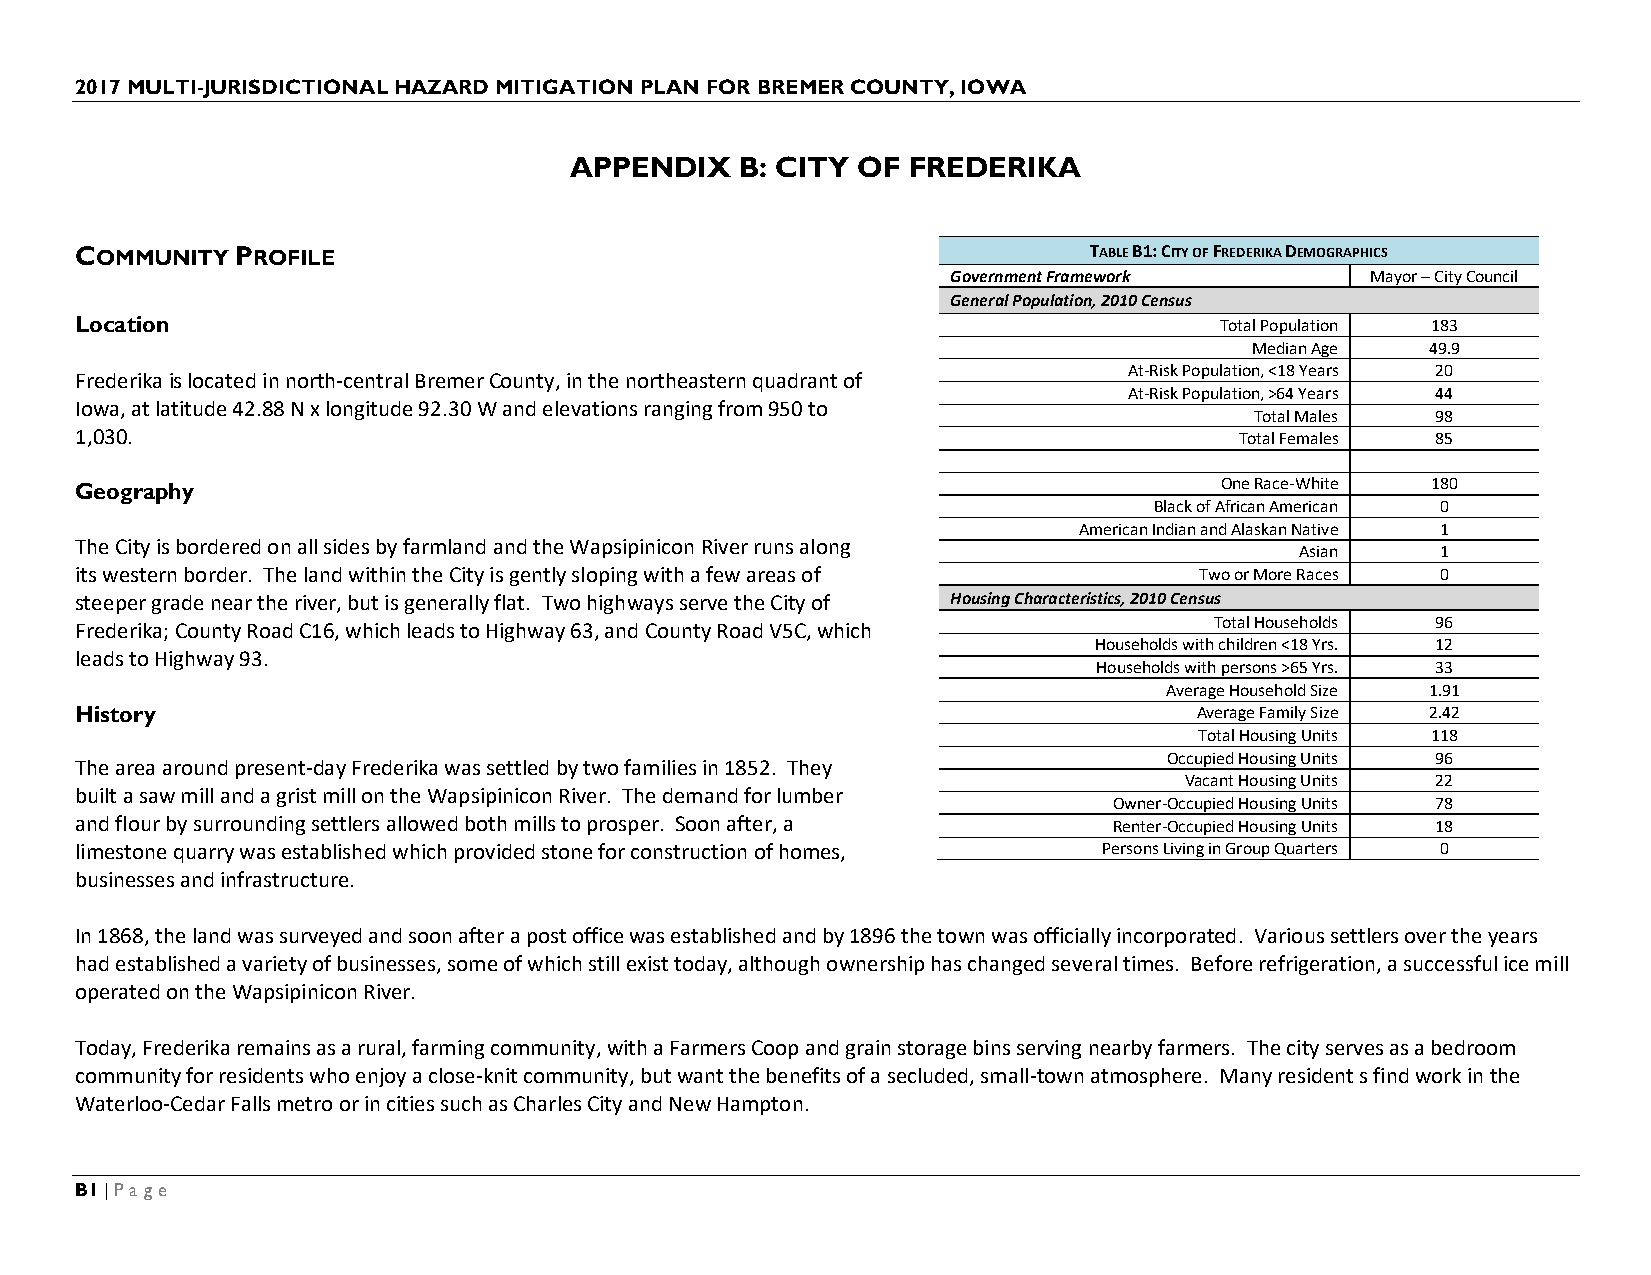
2017 MULTI-JURISDICTIONAL HAZARD MITIGATION PLAN FOR BREMER COUNTY, IOWA
 APPENDIX   B: CITY OF FREDERIKA
 COMMUNITY  PROFILE                                                 TABLE B1: CITY OF FREDERIKA DEMOGRAPHICS
 Government Framework        Mayor – City Council
 General Population, 2010 Census
 Location                                                                    Total Population 183
 Median Age  49.9
 At-Risk Population, <18 Years 20
 Frederika is located in north-central Bremer County, in the northeastern quadrant of
 At-Risk Population, >64 Years 44
 Iowa, at latitude 42.88 N x longitude 92.30 W and elevations ranging from 950 to
 Total Males 98
 1,030.                                                                       Total Females 85
 Geography                                                                   One Race-White 180
 Black of African American 0
 American Indian and Alaskan Native 1
 The City is bordered on all sides by farmland and the Wapsipinicon River runs along
 Asian    1
 its western border. The land within the City is gently sloping with a few areas of Two or More Races 0
 steeper grade near the river, but is generally flat. Two highways serve the City of Housing Characteristics, 2010 Census
 Total Households 96
 Frederika; County Road C16, which leads to Highway 63, and County Road V5C, which
 Households with children <18 Yrs. 12
 leads to Highway 93.
 Households with persons >65 Yrs. 33
 Average Household Size 1.91
 History                                                                   Average Family Size 2.42
 Total Housing Units 118
 Occupied Housing Units 96
 The area around present-day Frederika was settled by two families in 1852. They
 Vacant Housing Units 22
 built a saw mill and a grist mill on the Wapsipinicon River. The demand for lumber
 Owner-Occupied Housing Units 78
 and flour by surrounding settlers allowed both mills to prosper. Soon after, a Renter-Occupied Housing Units 18
 limestone quarry was established which provided stone for construction of homes, Persons Living in Group Quarters 0
 businesses and infrastructure.
 In 1868, the land was surveyed and soon after a post office was established and by 1896 the town was officially incorporated. Various settlers over the years
 had established a variety of businesses, some of which still exist today, although ownership has changed several times. Before refrigeration, a successful ice mill
 operated on the Wapsipinicon River.
 Today, Frederika remains as a rural, farming community, with a Farmers Coop and grain storage bins serving nearby farmers. The city serves as a bedroom
 community for residents who enjoy a close-knit community, but want the benefits of a secluded, small-town atmosphere. Many resident s find work in the
 Waterloo-Cedar Falls metro or in cities such as Charles City and New Hampton.
 B1 | Page